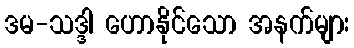
ဒမ-သဒ္ဒါ ဟောနိုင်သော အနက်များ